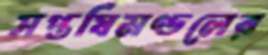
সপ্তর্ষিমণ্ডলের